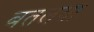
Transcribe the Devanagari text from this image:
बतलया